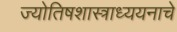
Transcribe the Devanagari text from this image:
ज्योतिषशास्त्राध्ययनाचे